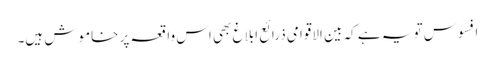
افسوس تو یہ ہے کہ بین الاقوامی ذرائع ابلاغ بھی اس واقعہ پر خاموش ہیں۔